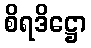
စိရဒိဋ္ဌော